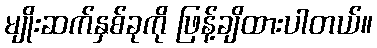
မျိုးဆက်နှစ်ခုကို ဖြန့်ချိထားပါတယ်။